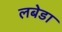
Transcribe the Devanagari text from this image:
लबेडा